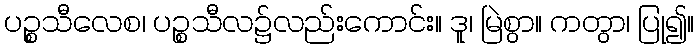
ပဉ္စသီလေစ၊ ပဉ္စသီလ၌လည်းကောင်း။ ဒူ၊ မြဲစွာ။ ကတွာ၊ ပြု၍။